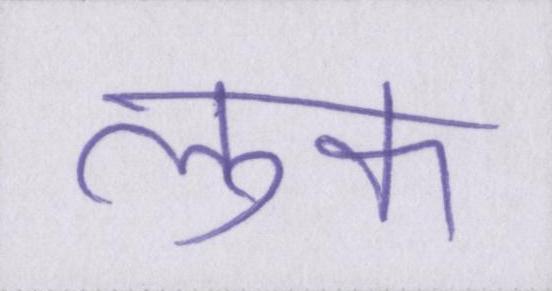
लुक